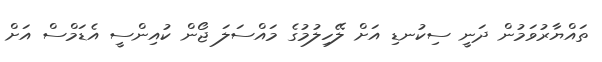
ތައްޔާރުވަމުން ދަނީ ސިކުނޑި އަށް ލޭހިލުމުގެ މައްސަލަ ޖޯން ކުއިންސީ އެޑަމްސް އަށް